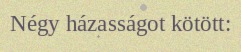
Négy házasságot kötött: